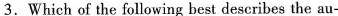
3.Which of the following best describes the au-